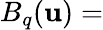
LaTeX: B_{q}(\mathbf{u})=